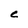
Character: C